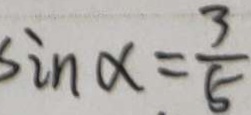
\sin \alpha = \frac { 3 } { 5 }